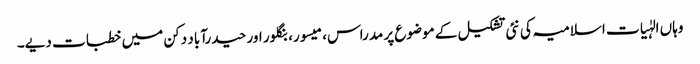
وہاں الہٰیات اسلامیہ کی نئی تشکیل کے موضوع پر مدراس، میسور، بنگلور اور حیدرآباد دکن میں خطبات دیے۔